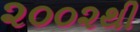
૨૦૦૨થી